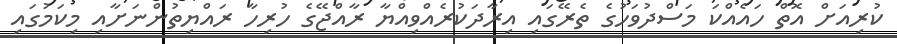
ކުރިއަށް އޮތް ހައެއްކަ މަސްދުވަހުގެ ތެރޭގައި އިރާދަކުރެއްވިއްޔާ ރާއްޖޭގެ ހުރިހާ ރައްޔިތުންނަށާއި މިކަމުގައި